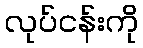
လုပ်ငန်းကို